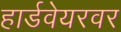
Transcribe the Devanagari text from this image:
हार्डवेयरवर